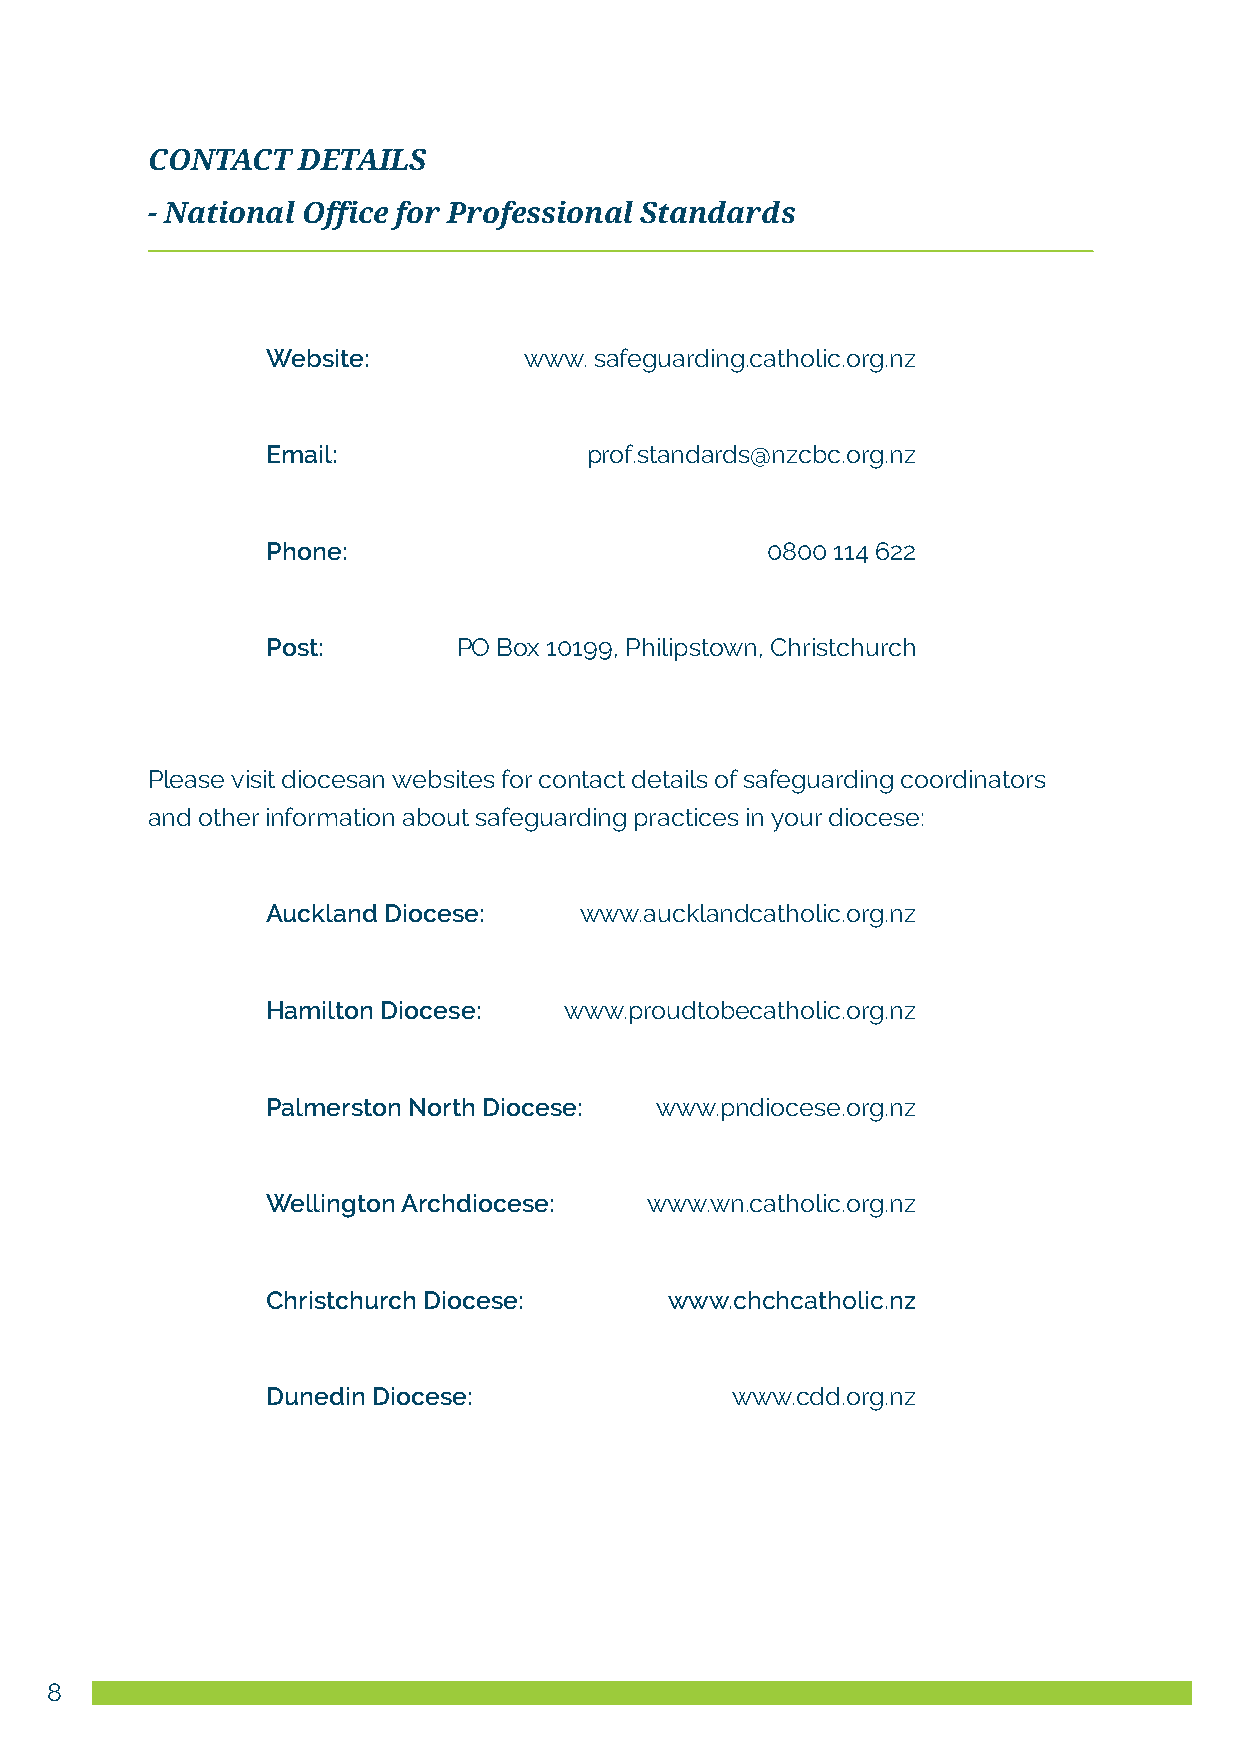
CONTACT   DETAilS
 - National Office for Professional Standards
 Website:         www. safeguarding.catholic.org.nz
 Email:               prof.standards@nzcbc.org.nz
 Phone:                           0800 114 622
 Post:       PO Box 10199, Philipstown, Christchurch
 Please visit diocesan websites for contact details of safeguarding coordinators
 and other information about safeguarding practices in your diocese:
 Auckland Diocese:   www.aucklandcatholic.org.nz
 Hamilton Diocese:  www.proudtobecatholic.org.nz
 Palmerston North Diocese: www.pndiocese.org.nz
 Wellington Archdiocese:  www.wn.catholic.org.nz
 Christchurch Diocese:     www.chchcatholic.nz
 Dunedin Diocese:              www.cdd.org.nz
 8                                                                                                                                                            9